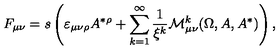
F _ { \mu \nu } = s \left( \varepsilon _ { \mu \nu \rho } A ^ { * \rho } + \sum _ { k = 1 } ^ { \infty } \frac 1 { \xi ^ { k } } \mathcal { M } _ { \mu \nu } ^ { k } ( \Omega , A , A ^ { * } ) \right) ,